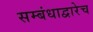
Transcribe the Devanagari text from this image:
सम्बंधाद्वारेच